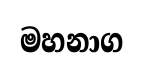
මහනාග